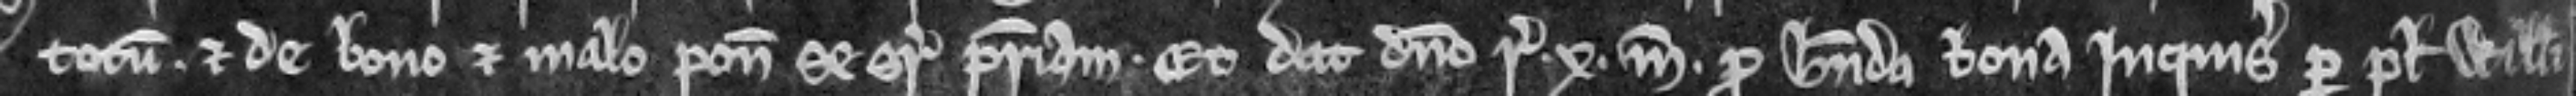
totum. et de bono et malo ponit se super patriam. Et dat domino regi .x. marcas pro habenda bona inquisicione per plegium Willelmi